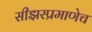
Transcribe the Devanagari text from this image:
सीझरप्रमाणेच